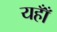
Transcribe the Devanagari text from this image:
यहाँँ